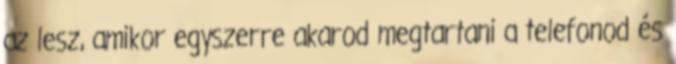
az lesz, amikor egyszerre akarod megtartani a telefonod és